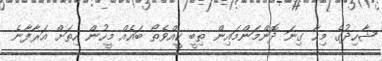
ޝާހިދުގެ މިހާ ގިނަ ދޮންމަންމައިން ތިބީ ކީއްވެތޯ ބައެއް މީހުން ހިތަށް އަރާފާނެ